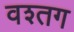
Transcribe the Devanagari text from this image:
वश्तग